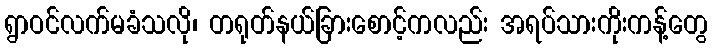
ရွာဝင်လက်မခံသလို၊ တရုတ်နယ်ခြားစောင့်ကလည်း အရပ်သားကိုးကန့်တွေ